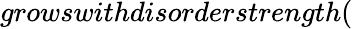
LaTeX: growswithdisorderstrength(